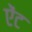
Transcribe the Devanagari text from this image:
ऐंट